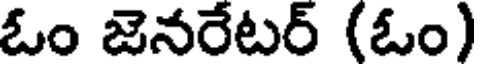
ఓం జెనరేటర్ (ఓం)